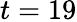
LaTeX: t=19